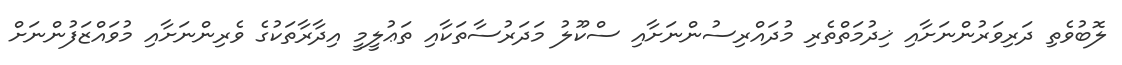
ލޮބުވެތި ދަރިވަރުންނަށާއި ޚިދުމަތްތެރި މުދައްރިސުންނަށާއި ސްކޫލު މަދަރުސާތަކާއި ތަޢުލީމީ އިދާރާތަކުގެ ވެރިންނަށާއި މުވައްޒަފުންނަށް